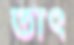
তাৎ